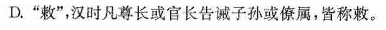
D.”敕”，汉时凡尊长或官长告诫子孙或僚属，皆称敕。